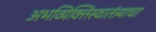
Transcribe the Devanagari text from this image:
अभव्यिक्तिस्वातंत्र्याचा